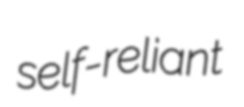
self-reliant